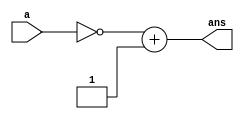

module twosComplement(a,ans);
input [7:0] a;
output [7:0]  ans;

assign ans = ~a + 1;

endmodule